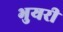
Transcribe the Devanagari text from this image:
भुयरी